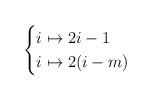
LaTeX: \begin{align*} \begin{cases} i \mapsto 2i-1& \\ i \mapsto 2(i-m) & \\ \end{cases}\end{align*}